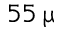
5 5 \, \upmu